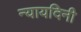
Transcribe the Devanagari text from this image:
न्यायदिनी